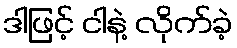
ဒါဖြင့် ငါနဲ့ လိုက်ခဲ့